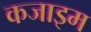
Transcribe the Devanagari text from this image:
कजाइम